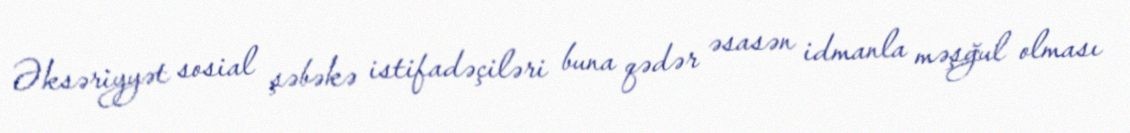
Əksəriyyət sosial şəbəkə istifadəçiləri buna qədər əsasən idmanla məşğul olması